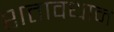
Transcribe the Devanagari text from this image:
शतावधान